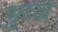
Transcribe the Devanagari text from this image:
श्रुघ्न